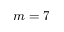
m = 7